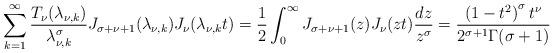
LaTeX: \begin{align*}\sum_{k=1}^{\infty }\frac{T_\nu (\lambda _{\nu ,k})}{\lambda _{\nu ,k}^\sigma }J_{\sigma +\nu +1}(\lambda _{\nu ,k}) J_\nu (\lambda _{\nu ,k}t)=\frac{1}{2}\int_{0}^{\infty }{J_{\sigma +\nu +1}(z) J_\nu (zt)\frac{dz}{z^\sigma }}=\frac{\left( 1-t^2\right) ^\sigma t^\nu }{2^{\sigma +1}\Gamma (\sigma +1)} \end{align*}